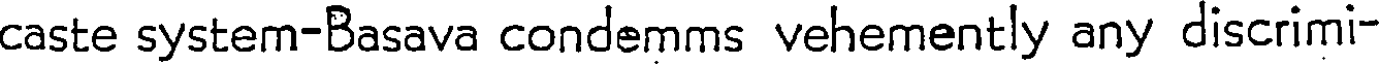
caste system-Basava condemms vehemently any discrimi-